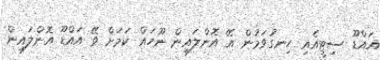
އައްޑޫ ސިޓީއެއި ހިނގުވަމުން އޭ އޮންލައިން ނޫހައް ކަމަށް ވޭ އައްޑޫ އޮންލައިން